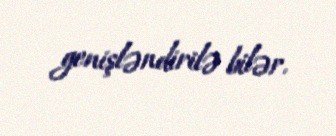
genişləndirilə bilər.